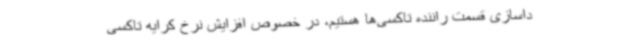
داسازی قسمت راننده تاکسی‌ها هستیم، در خصوص افزایش نرخ کرایه تاکسی